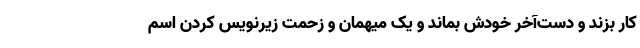
کار بزند و دست‌آخر خودش بماند و یک میهمان و زحمت زیر‌نویس کردن اسم